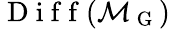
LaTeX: \mathrm{~D~i~f~f~}(\mathcal{M}_{\mathrm{~G~}})